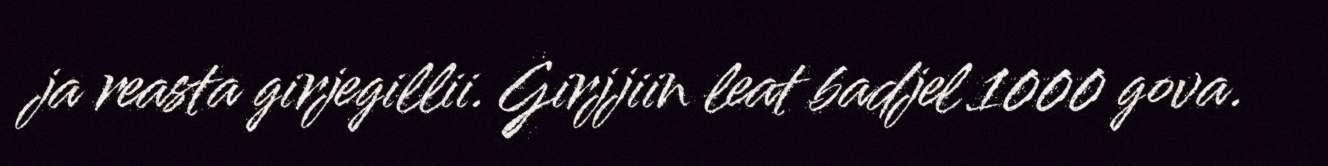
ja reasta girjegillii. Girjjiin leat badjel 1000 gova.